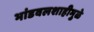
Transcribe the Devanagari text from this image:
भांडवलशाहीमुळे